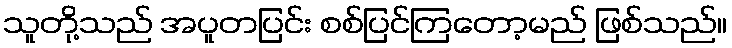
သူတို့သည် အပူတပြင်း စစ်ပြင်ကြတော့မည် ဖြစ်သည်။